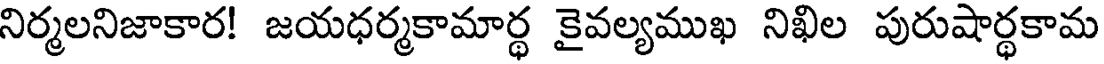
నిర్మలనిజాకార! జయధర్మకామార్థ కైవల్యముఖ నిఖిల పురుషార్థకామ